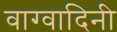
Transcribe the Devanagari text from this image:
वाग्वादिनी